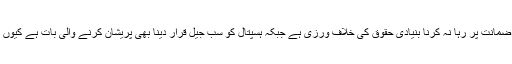
وکیل کا مزید کہنا تھا کہ نواز شریف کو ضمانت پر رہا نہ کرنا بنیادی حقوق کی خلاف ورزی ہے جبکہ ہسپتال کو سب جیل قرار دینا بھی پریشان کرنے والی بات ہے کیوں کہ نواز شریف کو سکون بھی درکار ہے۔